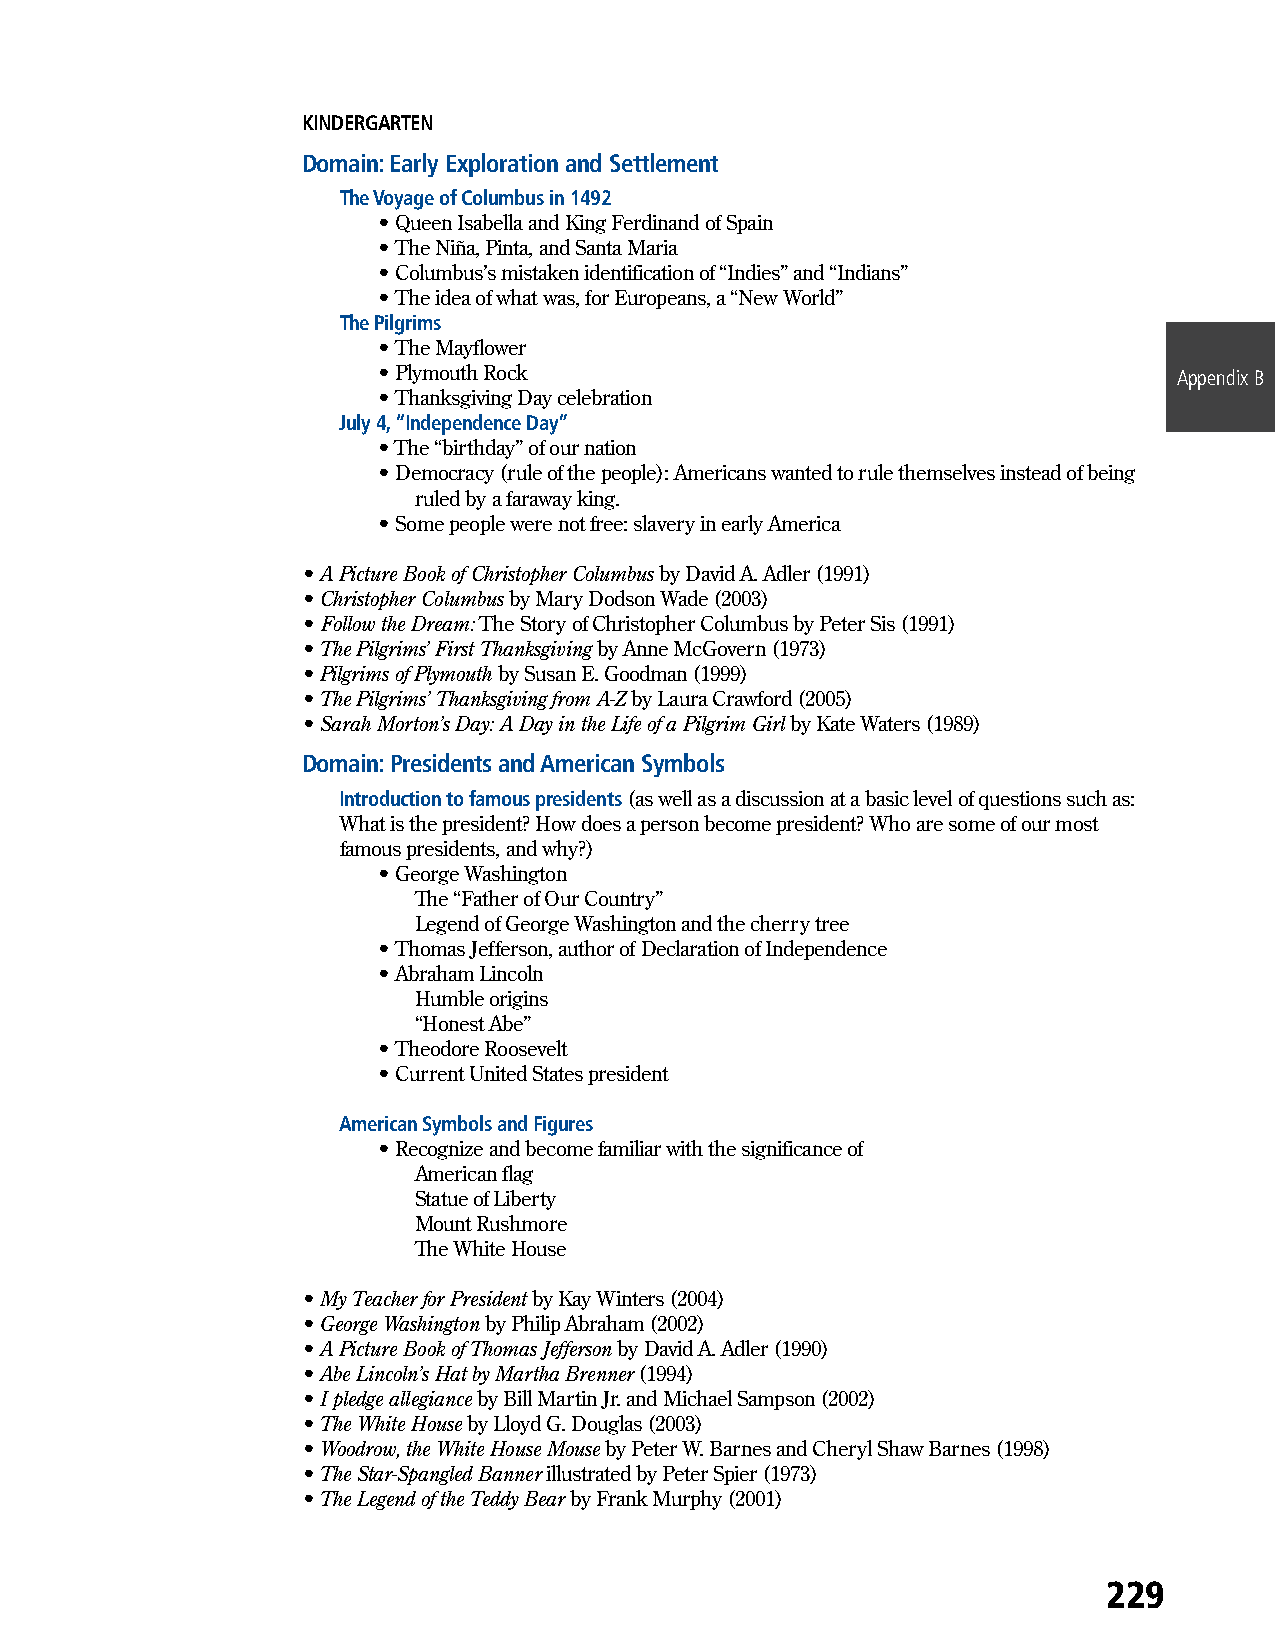
KINDERGARTEN
 Domain: Early Exploration and Settlement
 The Voyage of Columbus in 1492
 • Queen Isabella and King Ferdinand of Spain
 • The Niña, Pinta, and Santa Maria
 • Columbus’s mistaken identification of “Indies” and “Indians”
 • The idea of what was, for Europeans, a “New World”
 The Pilgrims
 • The Mayflower
 • Plymouth Rock                                      Appendix B
 • Thanksgiving Day celebration
 July 4, “Independence Day”
 • The “birthday” of our nation
 • Democracy (rule of the people): Americans wanted to rule themselves instead of being
 ruled by a faraway king.
 • Some people were not free: slavery in early America
 • A Picture Book of Christopher Columbus by David A. Adler (1991)
 • Christopher Columbus by Mary Dodson Wade (2003)
 • Follow the Dream: The Story of Christopher Columbus by Peter Sis (1991)
 • The Pilgrims’ First Thanksgiving by Anne McGovern (1973)
 • Pilgrims of Plymouth by Susan E. Goodman (1999)
 • The Pilgrims’ Thanksgiving from A-Z by Laura Crawford (2005)
 • Sarah Morton’s Day: A Day in the Life of a Pilgrim Girl by Kate Waters (1989)
 Domain: Presidents and American Symbols
 Introduction to famous presidents (as well as a discussion at a basic level of questions such as:
 What is the president? How does a person become president? Who are some of our most
 famous presidents, and why?)
 • George Washington
 The “Father of Our Country”
 Legend of George Washington and the cherry tree
 • Thomas Jefferson, author of Declaration of Independence
 • Abraham Lincoln
 Humble origins
 “Honest Abe”
 • Theodore Roosevelt
 • Current United States president
 American Symbols and Figures
 • Recognize and become familiar with the significance of
 American flag
 Statue of Liberty
 Mount Rushmore
 The White House
 • My Teacher for President by Kay Winters (2004)
 • George Washington by Philip Abraham (2002)
 • A Picture Book of Thomas Jefferson by David A. Adler (1990)
 • Abe Lincoln’s Hat by Martha Brenner (1994)
 • I pledge allegiance by Bill Martin Jr. and Michael Sampson (2002)
 • The White House by Lloyd G. Douglas (2003)
 • Woodrow, the White House Mouse by Peter W. Barnes and Cheryl Shaw Barnes (1998)
 • The Star-Spangled Banner illustrated by Peter Spier (1973)
 • The Legend of the Teddy Bear by Frank Murphy (2001)
 229